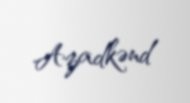
Azadkənd